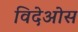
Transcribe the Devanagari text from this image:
विदेओस